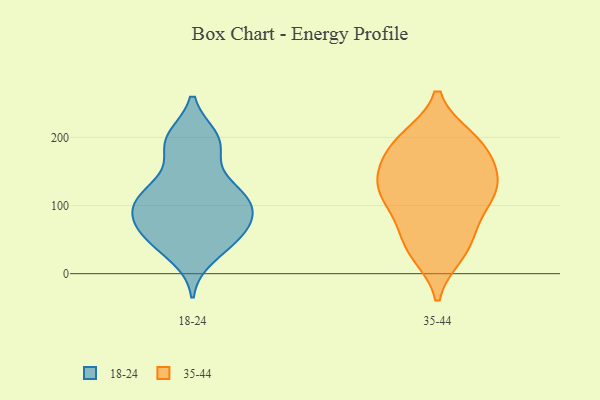
{"axis": {"x": "Net Income (USD K)", "y": "Value"}, "legend": ["18-24", "35-44"], "data": [{"x": "", "y": 57, "type": "18-24"}, {"x": "", "y": 199, "type": "18-24"}, {"x": "", "y": 189, "type": "18-24"}, {"x": "", "y": 46, "type": "18-24"}, {"x": "", "y": 63, "type": "18-24"}, {"x": "", "y": 185, "type": "18-24"}, {"x": "", "y": 26, "type": "18-24"}, {"x": "", "y": 112, "type": "18-24"}, {"x": "", "y": 97, "type": "18-24"}, {"x": "", "y": 97, "type": "18-24"}, {"x": "", "y": 117, "type": "18-24"}, {"x": "", "y": 49, "type": "18-24"}, {"x": "", "y": 199, "type": "18-24"}, {"x": "", "y": 82, "type": "18-24"}, {"x": "", "y": 124, "type": "18-24"}, {"x": "", "y": 100, "type": "18-24"}, {"x": "", "y": 75, "type": "18-24"}, {"x": "", "y": 132, "type": "18-24"}, {"x": "", "y": 126, "type": "35-44"}, {"x": "", "y": 157, "type": "35-44"}, {"x": "", "y": 104, "type": "35-44"}, {"x": "", "y": 191, "type": "35-44"}, {"x": "", "y": 188, "type": "35-44"}, {"x": "", "y": 46, "type": "35-44"}, {"x": "", "y": 34, "type": "35-44"}, {"x": "", "y": 141, "type": "35-44"}, {"x": "", "y": 149, "type": "35-44"}, {"x": "", "y": 112, "type": "35-44"}, {"x": "", "y": 67, "type": "35-44"}, {"x": "", "y": 195, "type": "35-44"}, {"x": "", "y": 30, "type": "35-44"}, {"x": "", "y": 198, "type": "35-44"}, {"x": "", "y": 131, "type": "35-44"}, {"x": "", "y": 100, "type": "35-44"}]}